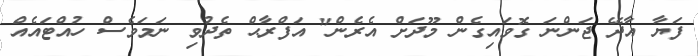
ފަޔާ އާދޭ ޖަންނަ ގޮވައިގެން މޫދަށް އެރެން" އަފްރާޙް ތެދުވި ނަމަވެސް ހުއްޓައެއް